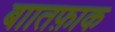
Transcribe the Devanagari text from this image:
बाातफ़ाक